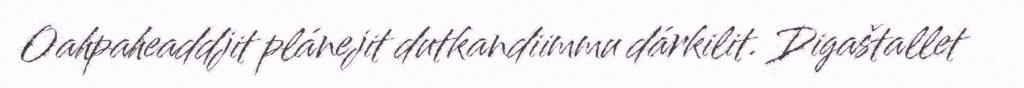
Oahpaheaddjit plánejit dutkandiimmu dárkilit. Digaštallet